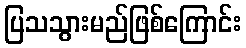
ပြသသွားမည်ဖြစ်ကြောင်း